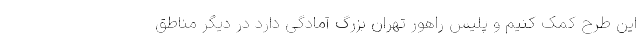
این طرح کمک کنیم و پلیس راهور تهران بزرگ آمادگی دارد در دیگر مناطق